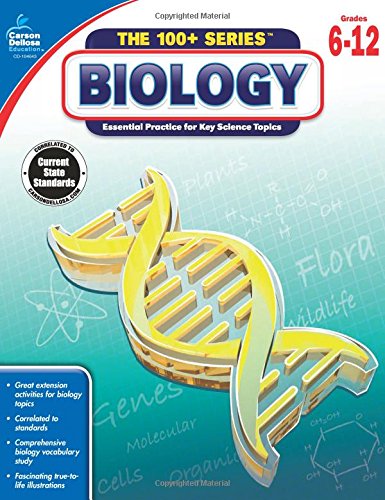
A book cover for Biology (The 100+ Series(TM)); Children's Books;